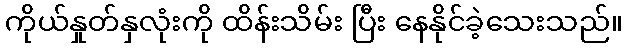
ကိုယ်နှုတ်နှလုံးကို ထိန်းသိမ်း ပြီး နေနိုင်ခဲ့သေးသည်။